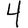
Digit: 4